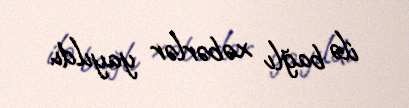
ilə bağlı xəbərlər yayıldı.